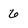
Character: 6